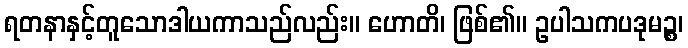
ရတနာနှင့်တူသောဒါယကာသည်လည်း။ ဟောတိ၊ ဖြစ်၏။ ဥပါသကပဒုမဉ္စ၊